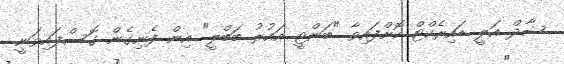
ޝާދް އަލީ ޑައިރެކްޓް ކޮށްފައިވާ "ބަންޓީ އައުރު ބަބްލީ" އިން ފެނިގެން ގޮސްފައިވަނީ